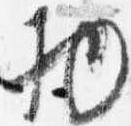
物